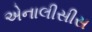
એનાલીસીસ